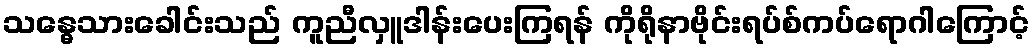
သန္ဓေသားခေါင်းသည် ကူညီလှူဒါန်းပေးကြရန် ကိုရိုနာဗိုင်းရပ်စ်ကပ်ရောဂါကြောင့်